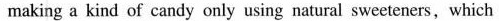
making a kind of candy only using natural sweeteners,which